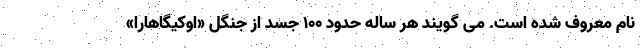
نام معروف شده است. می گویند هر ساله حدود ۱۰۰ جسد از جنگل «اوکیگاهارا»